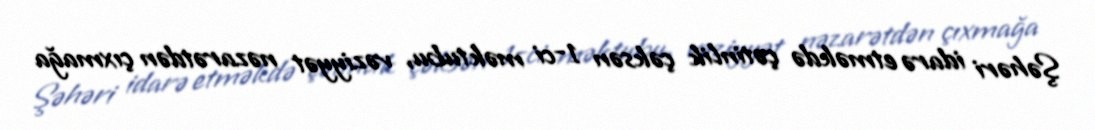
Şəhəri idarə etməkdə çətinlik çəksən 1-ci məktubu, vəziyyət nəzarətdən çıxmağa